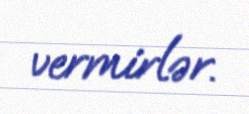
vermirlər.